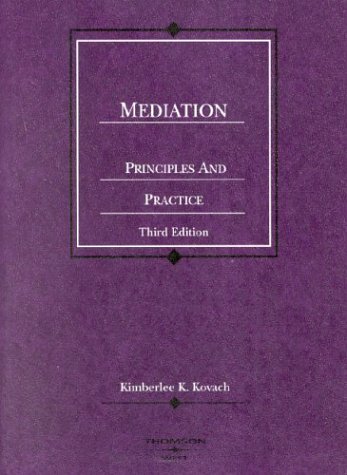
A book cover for Mediation, Principles and Practice (American Casebook Series); Kimberlee Kovach; Law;